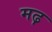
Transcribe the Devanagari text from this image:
मढ़़